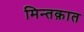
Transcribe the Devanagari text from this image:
मिन्तक़ात